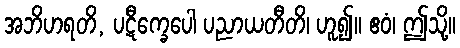
အဘိဟရတိ, ပဋီက္ခေပေါ ပညာယတီတိ၊ ဟူ၍။ ဧဝံ၊ ဤသို့။